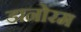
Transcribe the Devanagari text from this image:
डानोरम